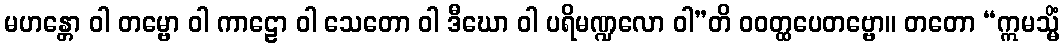
မဟန္တော ဝါ တမ္ဗော ဝါ ကာဠော ဝါ သေတော ဝါ ဒီဃော ဝါ ပရိမဏ္ဍလော ဝါ”တိ ဝဝတ္ထပေတဗ္ဗော။ တတော “ဣမသ္မိံ